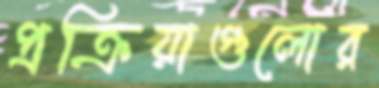
প্রক্রিয়াগুলোর